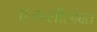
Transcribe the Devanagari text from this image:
एजन्सीसोबत